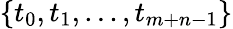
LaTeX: \left\{ t_{0},t_{1},...,t_{m+n-1}\right\}